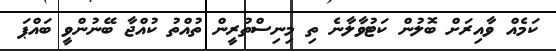
ކަމެއް ވާއިރަށް ބޮލުން ކަޓުވާލާނެ ތި މިނިސްތުރީން ތުއްތު ކުއްޖާ ބޭނުންވީ ބައްޕަ